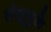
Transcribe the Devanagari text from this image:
तंतूमुळे